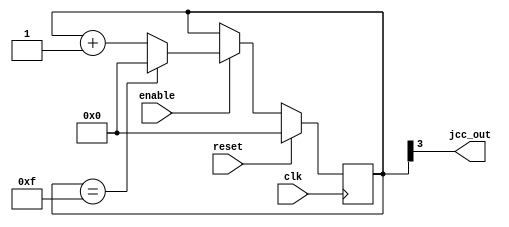
module johnson_counter_clock_divider (
    input wire clk,
    input wire reset,
    input wire enable,
    output reg jcc_out
);

reg [3:0] jcc_count;

always @ (posedge clk) begin
    if (reset) begin
        jcc_count <= 4'b0000;
    end else if (enable) begin
        if (jcc_count == 4'b1111) begin
            jcc_count <= 4'b0000;
        end else begin
            jcc_count <= jcc_count + 1;
        end
    end
end

assign jcc_out = jcc_count[3];

endmodule